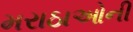
મરાઠાઓની